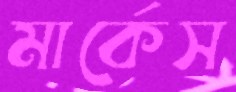
মার্কেস